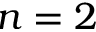
n = 2